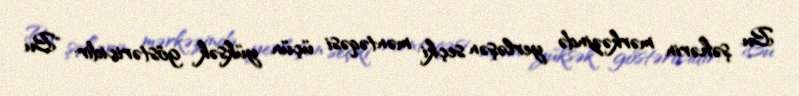
Bu şəhərin mərkəzində yerləşən seçki məntəqəsi üçün yüksək göstəricidir: "Bu